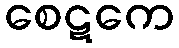
စေဋကေ